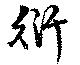
衍